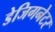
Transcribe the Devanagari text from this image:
डेजिगनेटर